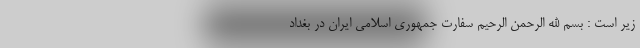
زیر است : بسم الله الرحمن الرحیم سفارت جمهوری اسلامی ایران در بغداد